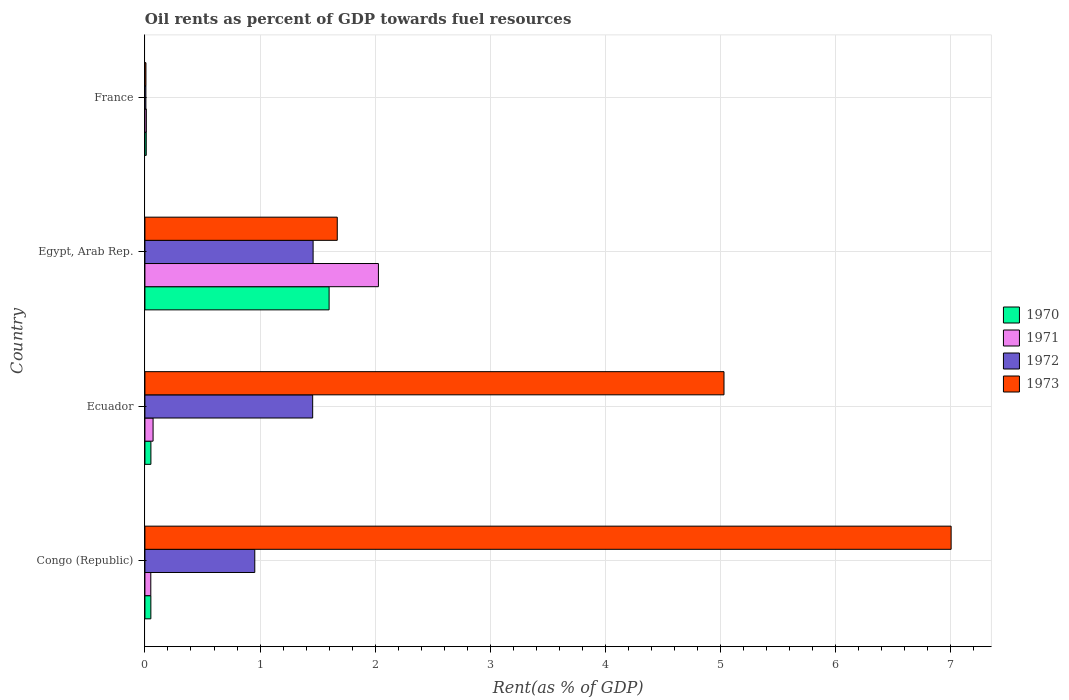
| Country | 1970 | 1971 | 1972 | 1973 |
 | --- | --- | --- | --- | --- |
 | Congo (Republic) | 0.0516 | 0.051 | 0.954 | 7 |
 | Ecuador | 0.052 | 0.0708 | 1.46 | 5.03 |
 | Egypt, Arab Rep. | 1.6 | 2.03 | 1.46 | 1.67 |
 | France | 0.0115 | 0.0123 | 0.0085 | 0.00884 |